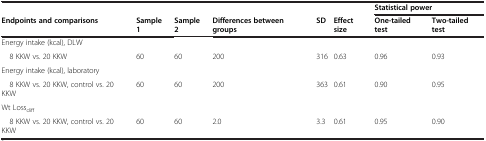
<table><thead><tr><td><b> </b></td><td><b> </b></td><td><b> </b></td><td><b> </b></td><td><b> </b></td><td><b> </b></td><td colspan="2"><b>Statistical power</b></td></tr><tr><td><b>Endpoints and comparisons</b></td><td><b>Sample 1</b></td><td><b>Sample 2</b></td><td><b>Differences between groups</b></td><td><b>SD</b></td><td><b>Effect size</b></td><td><b>One-tailed test</b></td><td><b>Two-tailed test</b></td></tr></thead><tbody><tr><td>Energy intake (kcal), DLW</td><td> </td><td> </td><td> </td><td> </td><td> </td><td> </td><td> </td></tr><tr><td> 8 KKW vs. 20 KKW</td><td>60</td><td>60</td><td>200</td><td>316</td><td>0.63</td><td>0.96</td><td>0.93</td></tr><tr><td>Energy intake (kcal), laboratory</td><td> </td><td> </td><td> </td><td> </td><td> </td><td> </td><td> </td></tr><tr><td> 8 KKW vs. 20 KKW, control vs. 20 KKW</td><td>60</td><td>60</td><td>200</td><td>363</td><td>0.61</td><td>0.90</td><td>0.95</td></tr><tr><td>Wt Loss<sub>diff</sub></td><td> </td><td> </td><td> </td><td> </td><td> </td><td> </td><td> </td></tr><tr><td> 8 KKW vs. 20 KKW, control vs. 20 KKW</td><td>60</td><td>60</td><td>2.0</td><td>3.3</td><td>0.61</td><td>0.95</td><td>0.90</td></tr></tbody></table>